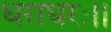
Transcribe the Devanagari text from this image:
धराधरः।।